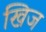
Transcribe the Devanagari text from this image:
खिज